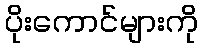
ပိုးကောင်များကို